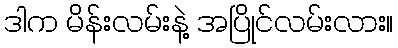
ဒါက မိန်းလမ်းနဲ့ အပြိုင်လမ်းလား။